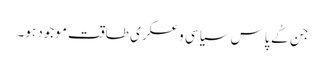
جن کُے پاس سیاسی و عسکری طاقت موجود ہو۔